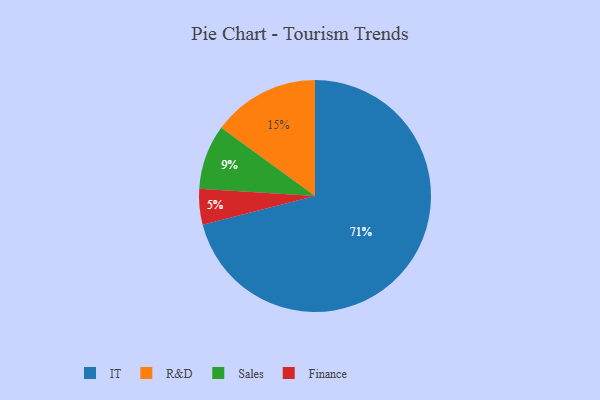
{"axis": {"x": "Category", "y": "Percentage"}, "legend": ["Finance", "IT", "R&D", "Sales"], "data": [{"x": "Sales", "y": 9, "type": "Sales"}, {"x": "Finance", "y": 5, "type": "Finance"}, {"x": "IT", "y": 71, "type": "IT"}, {"x": "R&D", "y": 15, "type": "R&D"}]}